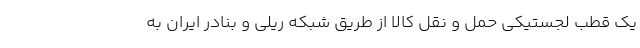
یک قطب لجستیکی حمل و نقل کالا از طریق شبکه ریلی و بنادر ایران به